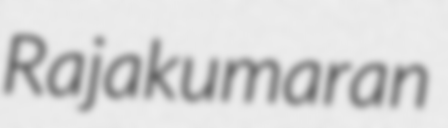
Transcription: Rajakumaran